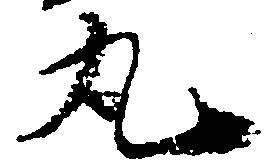
丸